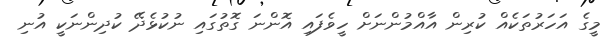
މީގެ އަހަރުތަކެއް ކުރިން އާއްމުންނަށް ހީވެފައި އޮންނަ ގޮތުގައި ނުކުޅެދޭ ކުދިންނަކީ އުނި